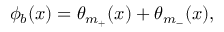
\phi _ { b } ( x ) = \theta _ { m _ { + } } ( x ) + \theta _ { m _ { - } } ( x ) ,